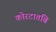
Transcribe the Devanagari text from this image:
कोरटातबि